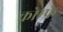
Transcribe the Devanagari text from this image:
कोम्फ्रे